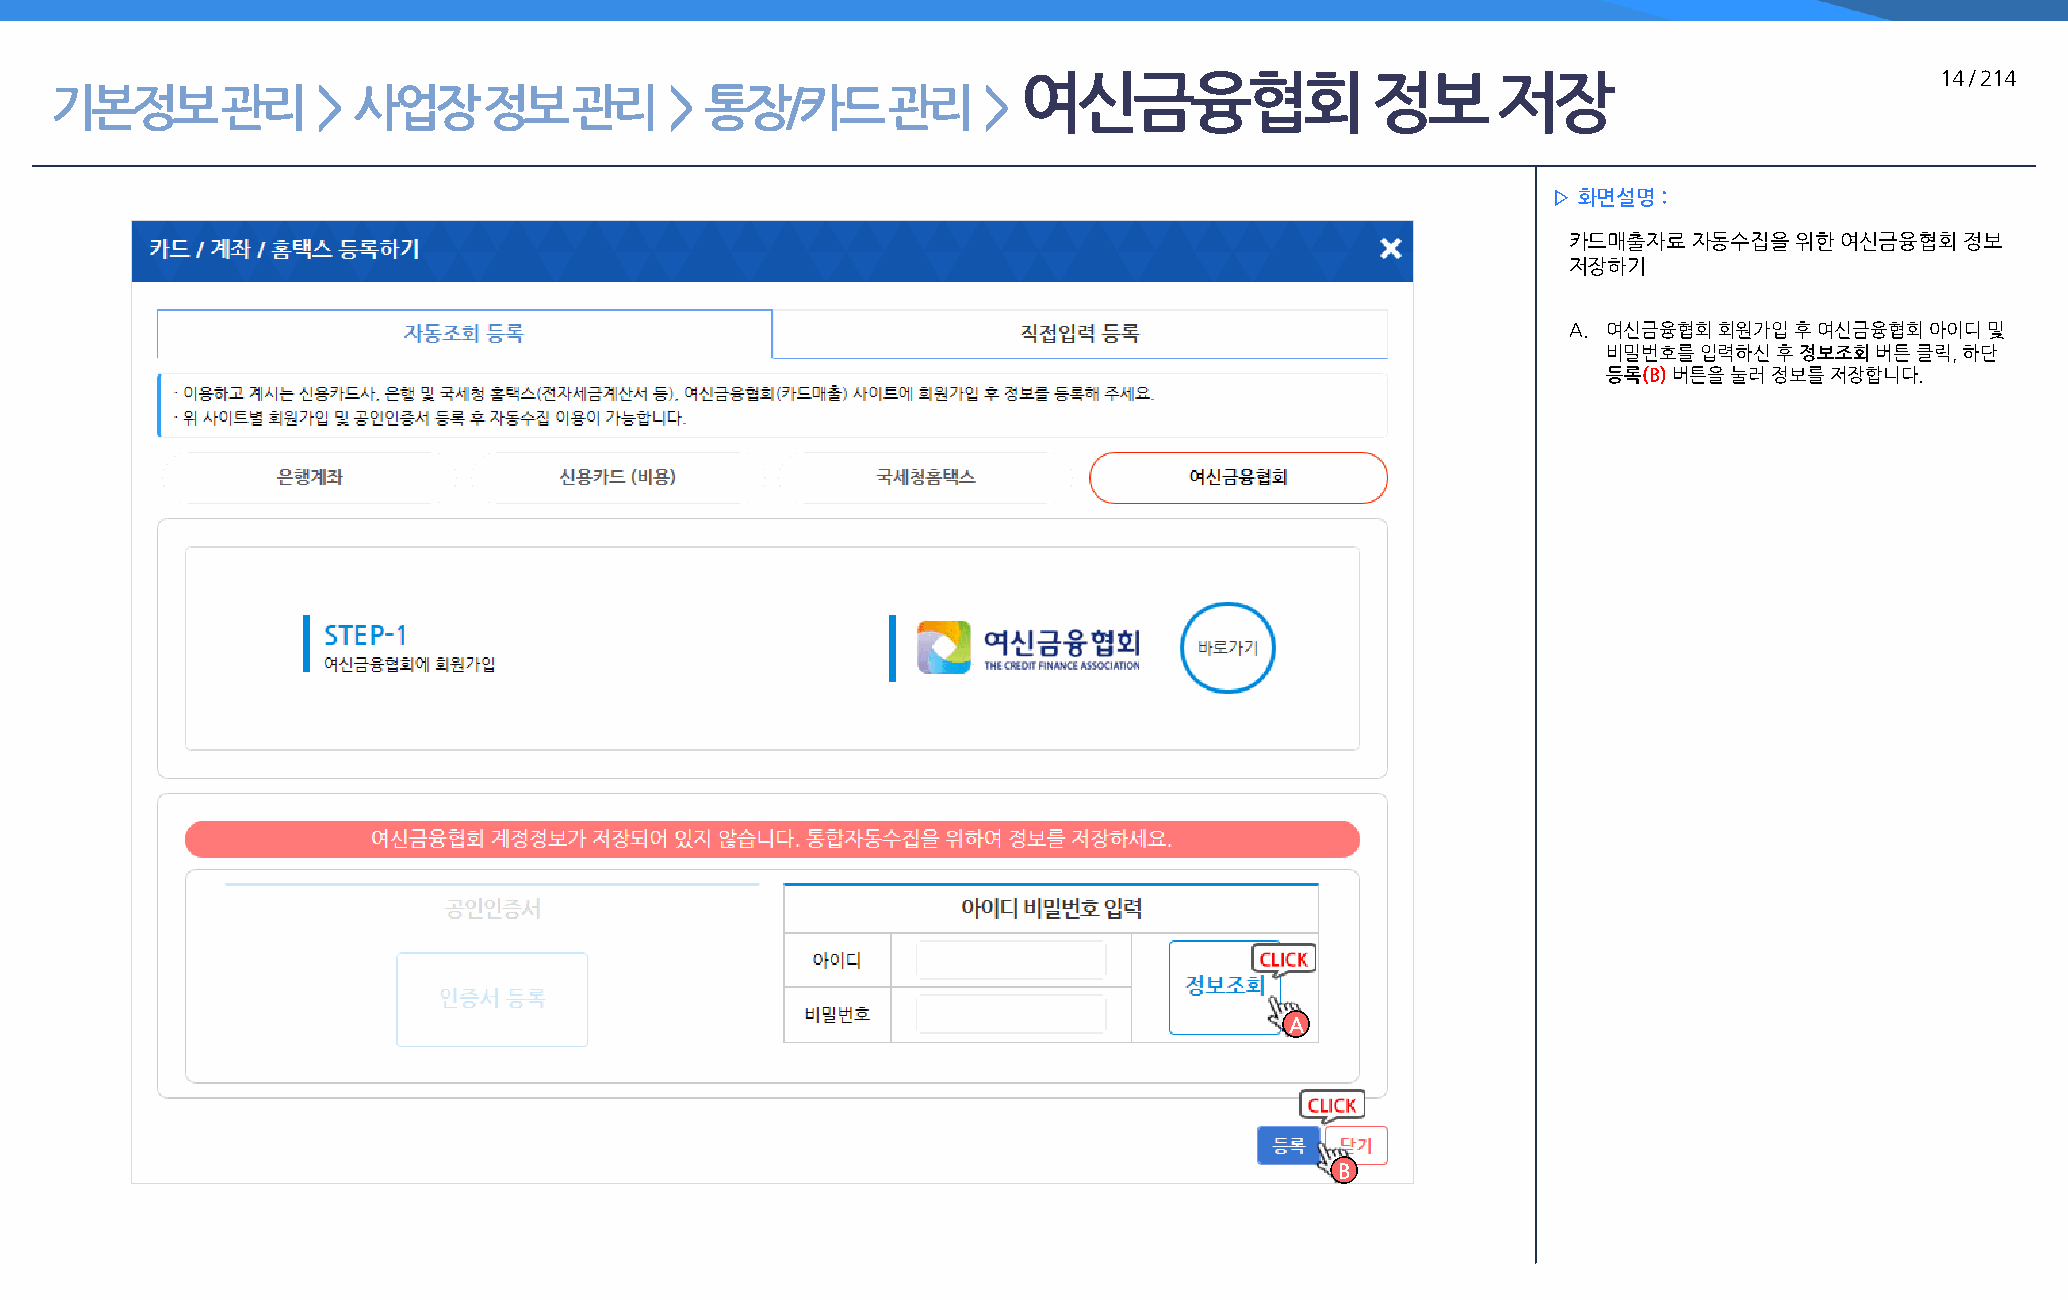
여신금융협회                 정보      저장                           14 / 214
 기본정보        관리    > 사업장      정보    관리    >  통장/카드       관리    >
 ▷ 화면설명 :
 카드매출자료  자동수집을  위한 여신금융협회  정보
 저장하기
 A. 여신금융협회 회원가입 후 여신금융협회 아이디 및
 비밀번호를  입력하신 후 정보조회 버튼 클릭, 하단
 등록(B) 버튼을 눌러 정보를 저장합니다.
 A
 B